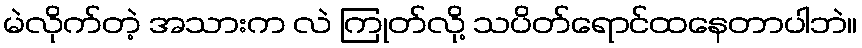
မဲလိုက်တဲ့ အသားက လဲ ကြုတ်လို့ သပိတ်ရောင်ထနေတာပါဘဲ။